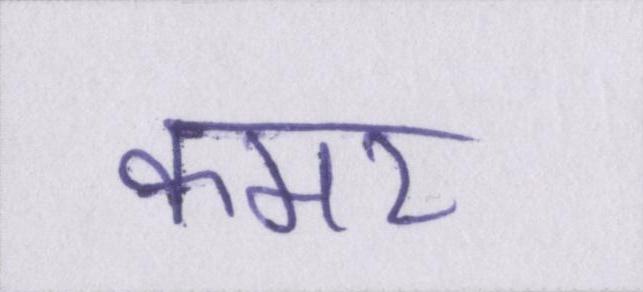
कमर